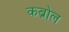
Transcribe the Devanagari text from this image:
कब्रोल